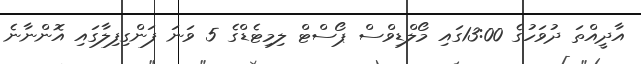
އާދީއްތަ ދުވަހުގެ 13:00ގައި މޯލްޑިވްސް ޕޯސްޓް ލިމިޓެޑްގެ 5 ވަނަ ފަންގިފިލާގައި އޮންނާނެ